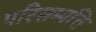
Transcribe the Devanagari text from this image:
परिसम्‍पत्ति